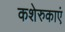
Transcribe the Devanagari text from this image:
कशेरुकाएं